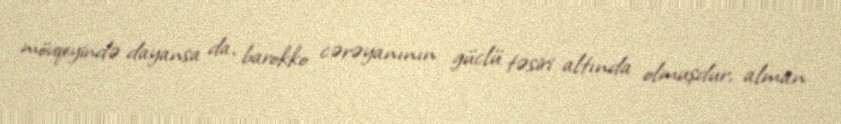
mövqeyində dayansa da, barokko cərəyanının güclü təsiri altında olmuşdur, alman